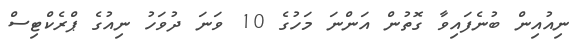
ނިއުއިން ބުނެފައިވާ ގޮތުން އަންނަ މަހުގެ 10 ވަނަ ދުވަހު ނިއުގެ ޕްރެކްޓިސް